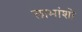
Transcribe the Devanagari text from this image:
लाभांशो